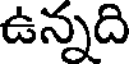
ఉన్నది